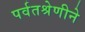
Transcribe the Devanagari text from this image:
पर्वतश्रेणीने